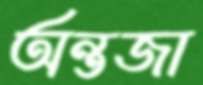
অন্তজা